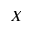
X